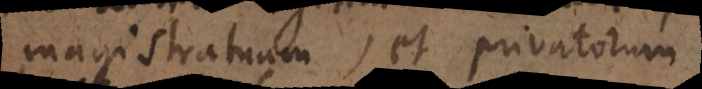
magistratuum, et privatorum